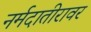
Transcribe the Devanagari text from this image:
नर्मदातीरावर